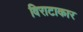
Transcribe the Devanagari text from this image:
विराटाकार